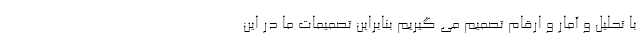
با تحلیل و آمار و ارقام تصمیم می گیریم بنابراین تصمیمات ما در این